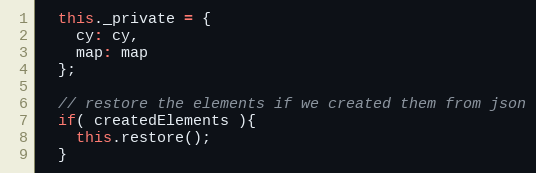
Language: JavaScript
  this._private = {
    cy: cy,
    map: map
  };

  // restore the elements if we created them from json
  if( createdElements ){
    this.restore();
  }